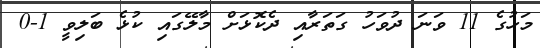
މަހުގެ 11 ވަނަ ދުވަހު ގަތަރާއި ދެކޮޅަށް މާލޭގައި ކުޅެ ބަލިވީ 1-0